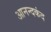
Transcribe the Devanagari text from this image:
आनन्‍दकंद